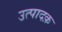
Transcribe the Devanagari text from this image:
उत्पादक़